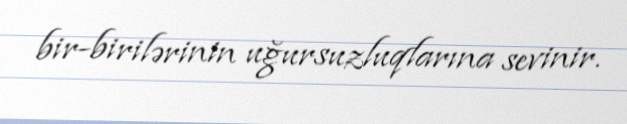
bir-birilərinin uğursuzluqlarına sevinir.